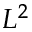
L ^ { 2 }